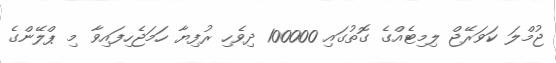
ޖުމްލަ ކަވަރޭޖް ލިމިޓެއްގެ ގޮތުގައި 100000 ދިވެހި ރުފިޔާ ހަމަޖެހިފައިވާ މި ޕްލޭންގެ